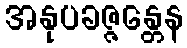
အနုပခဇ္ဇန္တေန